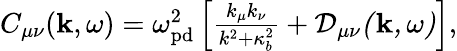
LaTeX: \begin{array}{r}{C_{\mu\nu}({\mathbf k},\omega)=\omega_{\mathrm{pd}}^{2}\left[\frac{k_{\mu}k_{\nu}}{k^{2}+\kappa_{b}^{2}}+\cal{D}_{\mu\nu}({\mathbf k},\omega)\right],}\end{array}